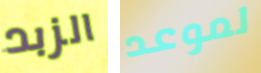
الزبد لموعد